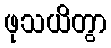
ဖုသယိတွာ